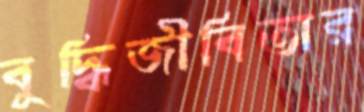
বুদ্ধিজীবিতার